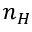
n _ { H }